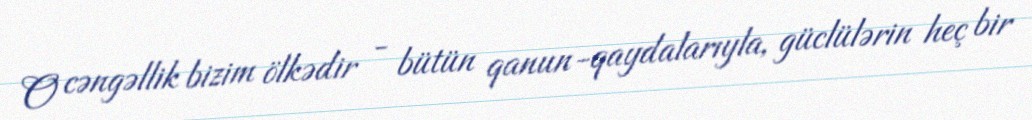
O cəngəllik bizim ölkədir - bütün qanun-qaydalarıyla, güclülərin heç bir